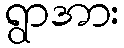
ရွာအား